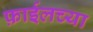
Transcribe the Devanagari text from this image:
फ़ाईलच्या